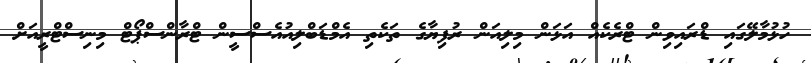
ހުޅުމާލޭގައި ޑްރައިވިން ޓްރެކެއް އަޅަން މިލިއަން ރުފިޔާގެ ތަކެތި އެމްޑަބްލިއުއެސްސީން ޓްރާންސްޕޯޓް މިނިސްޓްރީއަށް